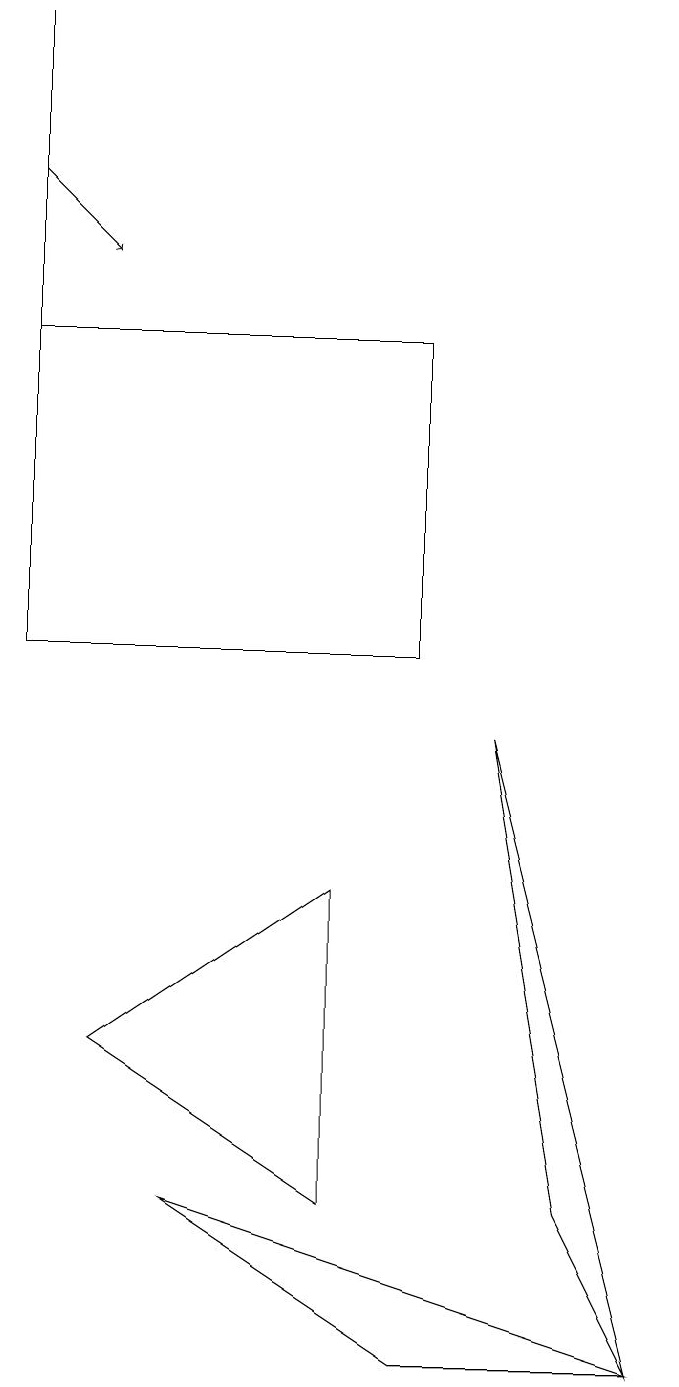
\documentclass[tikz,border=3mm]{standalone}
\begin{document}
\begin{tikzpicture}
\draw[->] (0,16) -- (1,15);
\draw (5,14) rectangle (0,10);
\draw (4,7) -- (1,5) -- (4,3) -- cycle;
\draw (8,1) -- (7,3) -- (6,9) -- cycle;
\draw (5,1) -- (8,1) -- (2,3) -- cycle;
\draw (0,18) rectangle (0,11);
\draw (8,18) rectangle (8,18);
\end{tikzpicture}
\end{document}